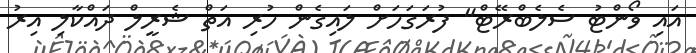
އައި ވޯންޓު ސެލެބްރޭޓް" ފުރަގަހަށް ލައިގެން ހުރި އަތް ޝެރީލް ދައްކާލި އިރު